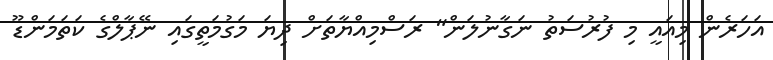
އަހަރެން މިއައީ މި ފުރުސަތު ނަގާނުލަން" ރަސްމިއްޔާތަށް ދިޔަ މަގުމަތީގައި ނޭޕާލްގެ ކަތަމަންޑޫ